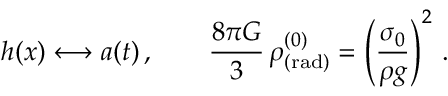
h ( x ) \longleftrightarrow a ( t ) \, , \quad \quad \frac { 8 \pi G } { 3 } \, \rho _ { \mathrm { ( r a d ) } } ^ { ( 0 ) } = \left( \frac { \sigma _ { 0 } } { \rho g } \right) ^ { 2 } \, .